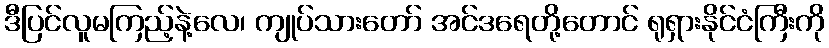
ဒီပြင်လူမကြည့်နဲ့လေ၊ ကျုပ်သားတော် အင်ဒရေတို့တောင် ရုရှားနိုင်ငံကြီးကို